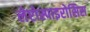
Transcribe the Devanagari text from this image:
लेप्टोस्पाइरोसिस